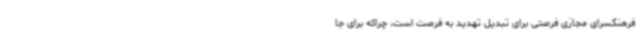
فرهنگسرای مجازی فرصتی برای تبدیل تهدید به فرصت است، چراکه برای جا